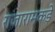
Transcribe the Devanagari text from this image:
राजारामकड़े